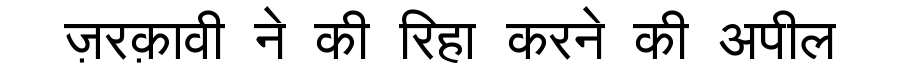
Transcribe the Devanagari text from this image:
ज़रक़ावी ने की रिहा करने की अपील